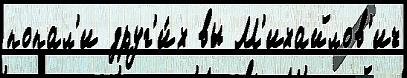
попал'и друг'и́х вы М'ихайлов'ич